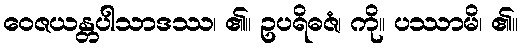
ဝေဇယန္တပါသာဒဿ၊ ၏။ ဥပရိဓဇံ၊ ကို။ ပဿာမိ၊ ၏။